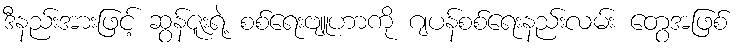
ဒီနည်းအားဖြင့် ဆွန်ဇူးရဲ့ စစ်ရေးဗျူဟာကို ဂျပန်စစ်ရေးနည်းလမ်း တွေအဖြစ်